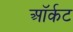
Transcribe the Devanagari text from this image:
ऑर्कट